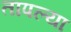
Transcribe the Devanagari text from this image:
तापल्या